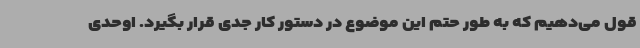
قول می‌دهیم که به طور حتم این موضوع در دستور کار جدی قرار بگیرد. اوحدی